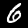
Label: 6